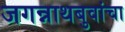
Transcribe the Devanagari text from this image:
जगन्नाथबुवांचा